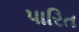
પારિત